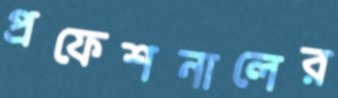
প্রফেশনালের